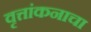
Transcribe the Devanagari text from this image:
वृत्तांकनाचा